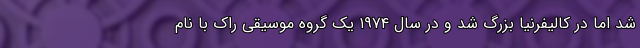
شد اما در کالیفرنیا بزرگ شد و در سال ۱۹۷۴ یک گروه موسیقی راک با نام